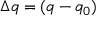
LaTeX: \Delta q = ( q - q _ { 0 } )